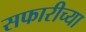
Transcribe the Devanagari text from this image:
सफारीच्या